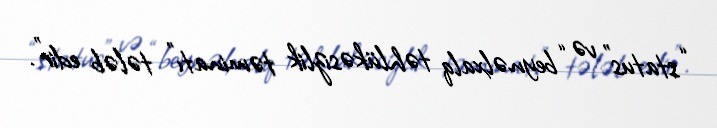
“status” və “beynəlxalq təhlükəsizlik təminatı” tələb edir”.